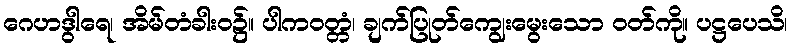
ဂေဟဒွါရေ၊ အိမ်တံခါးဝ၌။ ပါကဝတ္တံ၊ ချက်ပြုတ်ကျွေးမွေးသော ဝတ်ကို။ ပဋ္ဌပေသိ၊